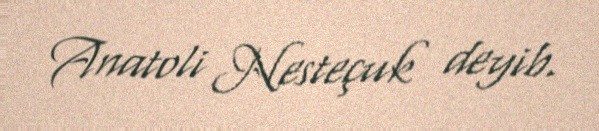
Anatoli Nesteçuk deyib.